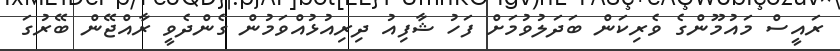
ރައީސް މައުމޫންގެ ވެރިކަން ބަދަލުވުމަށް ފަހު ޝާފިއު ދިރިއުޅުއްވަމުން ގެންދެވީ ރާއްޖޭން ބޭރުގަ